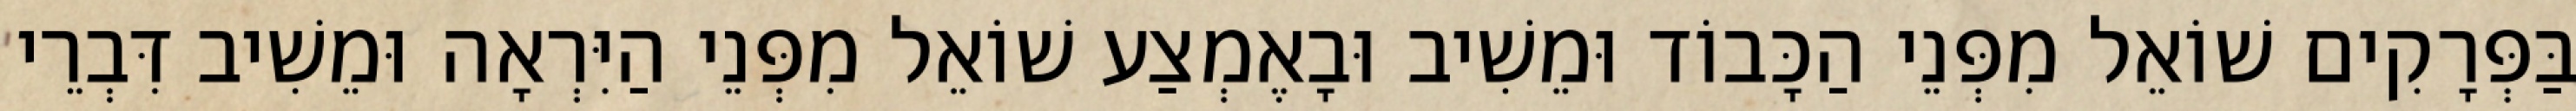
בַּפְּרָקִים שׁוֹאֵל מִפְּנֵי הַכָּבוֹד וּמֵשִׁיב וּבָאֶמְצַע שׁוֹאֵל מִפְּנֵי הַיִּרְאָה וּמֵשִׁיב דִּבְרֵי